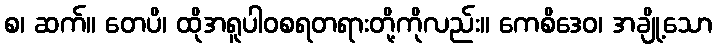
စ၊ ဆက်။ တေပိ၊ ထိုအရူပါဝစရတရားတို့ကိုလည်း။ ကေစိဒေဝ၊ အချို့သော